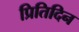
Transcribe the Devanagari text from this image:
प्रितिदिन